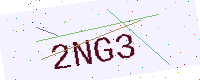
Text: 2NG3